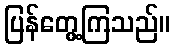
ပြန်တွေ့ကြသည်။